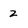
Character: 2